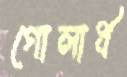
গোলার্ধ